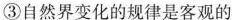
③自然界变化的规律是客观的